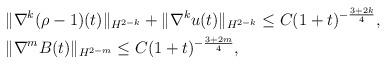
LaTeX: \begin{align*}\begin{aligned}&\|\nabla^k(\rho-1)(t)\|_{H^{2-k}}+\|\nabla^k u(t)\|_{H^{2-k}}\le C(1+t)^{-\frac{3+2k}{4}},\\&\|\nabla^m B(t)\|_{H^{2-m}}\le C(1+t)^{-\frac{3+2m}{4}},\\\end{aligned}\end{align*}